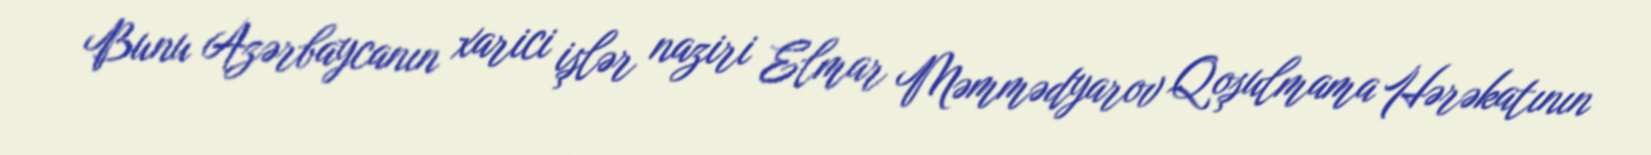
Bunu Azərbaycanın xarici işlər naziri Elmar Məmmədyarov Qoşulmama Hərəkatının